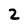
Character: 2